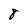
Character: 8